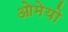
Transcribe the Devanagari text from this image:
ओमेयो